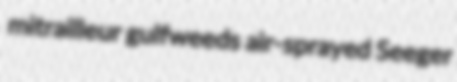
mitrailleur gulfweeds air-sprayed Seeger